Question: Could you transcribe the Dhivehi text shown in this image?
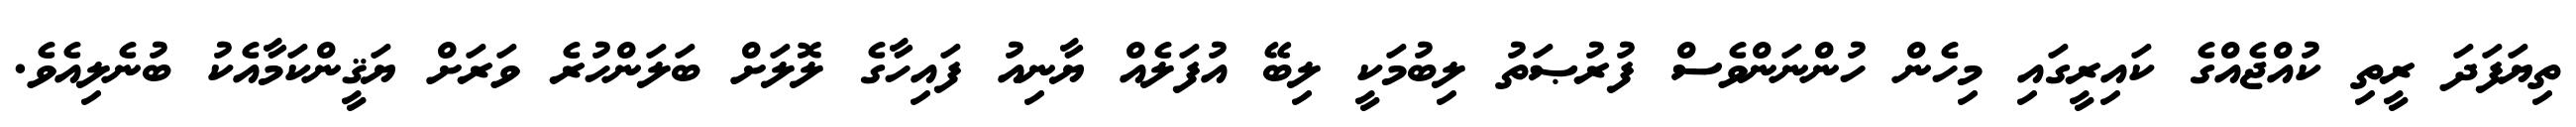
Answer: ތިޔަފަދަ ރީތި ކުއްޖެއްގެ ކައިރީގައި މިހެން ހުންނަންވެސް ފުރުޞަތު ލިބުމަކީ ލިބޭ އުފަލެއް ޔާނިއު ފައިހާގެ ލޮލަށް ބަލަންހުރެ ވަރަށް ޔަޤީންކަމާއެކު ބުނެލިއެވެ.